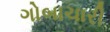
ગોબાચારી